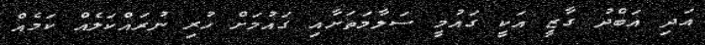
އަދި އަބްދު ގާޒީ އަކީ ގައުމީ ސަލާމަތަށާއި ގައުމަށް ހުރި ނުރައްކަލެއް ކަމެއް